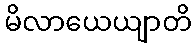
မိလာယေယျာတိ